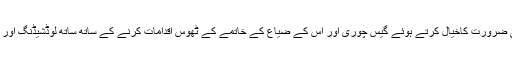
حکومت کو اس صورت حال میں گھریلو صارفین کی ضرورت کاخیال کرتے ہوئے گیس چوری اور اس کے ضیاع کے خاتمے کے ٹھوس اقدامات کرنے کے ساتھ ساتھ لوڈشیڈنگ اور پریشر میں کمی کی صورتحال پر غور کرنا چاہیے ۔